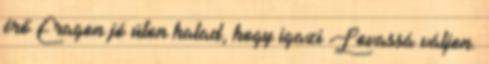
érő Eragon jó úton halad, hogy igazi Lovassá váljon.